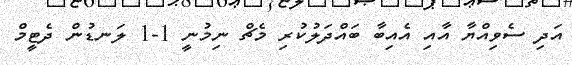
އަދި ސެވިއްޔާ އާއި އެއިބާ ބައްދަލުކުރި މެޗް ނިމުނީ 1-1 ލަނޑުން ދެޓީމް